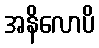
အနိလောပိ